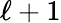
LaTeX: \ell+1